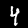
Label: 4